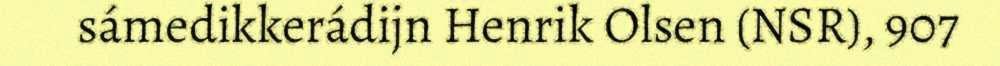
sámedikkerádijn Henrik Olsen (NSR), 907